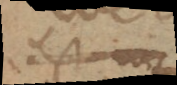
est in